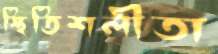
স্থিতিশলীতা